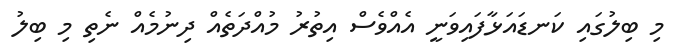
މި ބިލުގައި ކަނޑައަޅާފައިވަނީ އެއްވެސް އިތުރު މުއްދަތެއް ދިނުމެއް ނެތި މި ބިލު